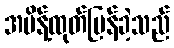
အမိန့်ထုတ်ပြန်ခဲ့သည်